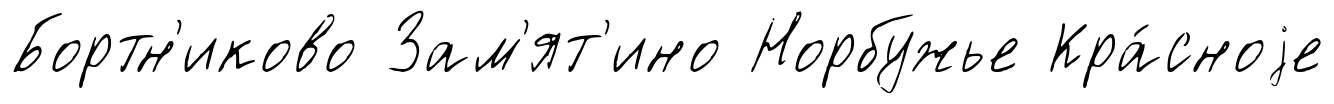
Бортн'иково Зам'ят'ино Норбужье Кра́сноjе